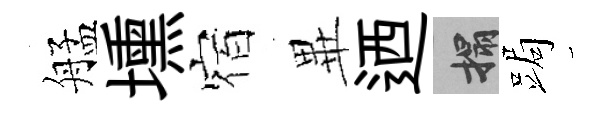
艋壎宿𭺾迺搨跼